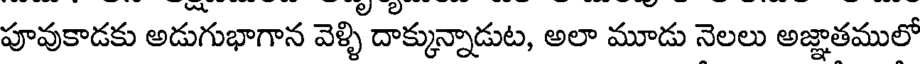
పూవుకాడకు అడుగుభాగాన వెళ్ళి దాక్కున్నాడుట, అలా మూడు నెలలు అజ్ఞాతములో